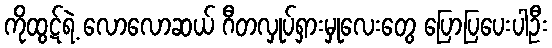
ကိုထွဋ်ရဲ့ လောလောဆယ် ဂီတလှုပ်ရှားမှုလေးတွေ ပြောပြပေးပါဦး